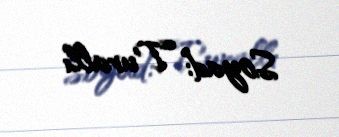
Soyad: Turallı